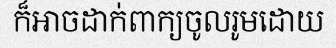
ក៏អាចដាក់ពាក្យចូលរូមដោយ